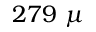
2 7 9 \ \mu